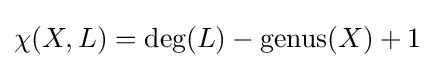
\chi (X,L)={\text{deg}}(L)-{\text{genus}}(X)+1